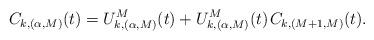
LaTeX: \begin{align*}C_{k,(\alpha,M)}(t) = U^M_{k,(\alpha,M)}(t) + U^M_{k,(\alpha,M)}(t) \kern+1pt C_{k,(M+1,M)}(t).\end{align*}